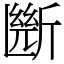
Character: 㫁